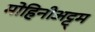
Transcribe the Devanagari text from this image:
मोहिनीअट्ट्म